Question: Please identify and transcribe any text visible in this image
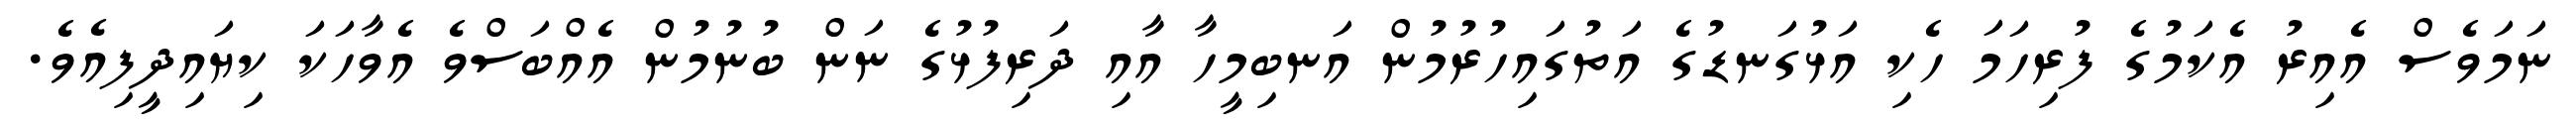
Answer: ނަމަވެސް އެއިރު އެކަމުގެ ފުރިހަމަ ހެކި އަޅުގަނޑުގެ އަތުގައިހުރުމުން އަނބިމީހާ އާއި ދަރިފުޅުގެ ނަން ބުނުމުން އެއްބަސްވެ އެވާހަކަ ކިޔައިދީފިއެވެ.